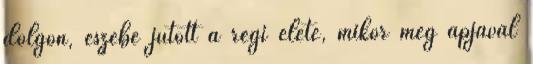
dolgon, eszébe jutott a régi élete, mikor még apjával